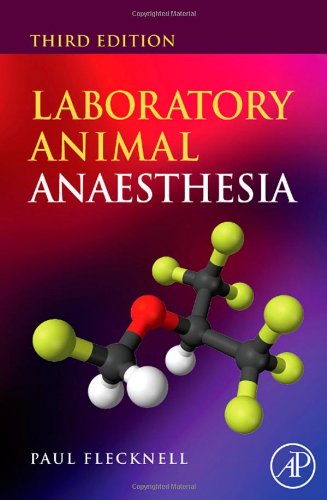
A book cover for Laboratory Animal Anaesthesia, Third Edition; Paul Flecknell; Medical Books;